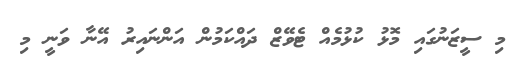
މި ސީޒަނުގައި މޮޅު ކުޅުމެއް ޓެވޭޒް ދައްކަމުން އަންނައިރު އޭނާ ވަނީ މި